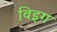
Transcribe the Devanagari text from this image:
विइग